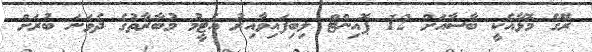
ރޭގެ މޮޅާއެކީ ބާސާއަށް 12 ޕޮއިންޓް ލިބިފައިވާއިރު އެޓީމު މުބާރާތުގެ ދެވަނަ ބުރަށް